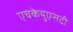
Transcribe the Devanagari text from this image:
एचकेयुएसटी